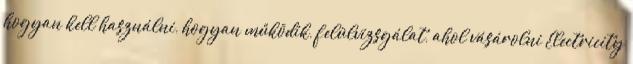
hogyan kell használni, hogyan működik, felülvizsgálat, ahol vásárolni Electricity